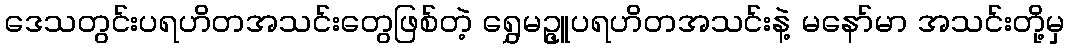
ဒေသတွင်းပရဟိတအသင်းတွေဖြစ်တဲ့ ရွှေမဥ္ဇူပရဟိတအသင်းနဲ့ မနော်မာ အသင်းတို့မှ